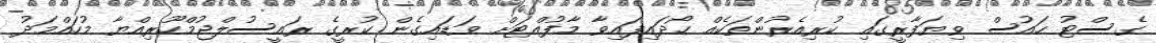
ގެސްޓު ހައުސް ވިޔަފާރީގައި ކުރިއެރުންތަކެއް ހޯދައިފައިވާ މާފުއްޓަށް ވަޑައިގެން ކުރީގެ ރައީސުލްޖުމްހޫރިއްޔާ މުހައްމަދު